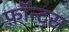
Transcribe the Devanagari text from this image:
फ़ॉन्ट्‍स